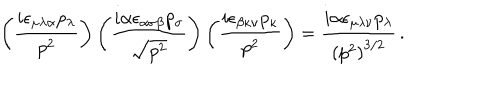
\left( \frac { i \epsilon _ { \mu \lambda \alpha } p _ { \lambda } } { p ^ { 2 } } \right) \left( \frac { i \alpha \epsilon _ { \alpha \sigma \beta } p _ { \sigma } } { \sqrt { p ^ { 2 } } } \right) \left( \frac { i \epsilon _ { \beta \kappa \nu } p _ { \kappa } } { p ^ { 2 } } \right) = \frac { i \alpha \epsilon _ { \mu \lambda \nu } p _ { \lambda } } { \left( p ^ { 2 } \right) ^ { 3 / 2 } } \, .